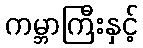
ကမ္ဘာကြီးနှင့်